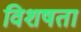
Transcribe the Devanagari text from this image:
विशषता